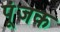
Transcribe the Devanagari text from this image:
पूंजक